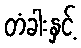
တံခါးနှင့်